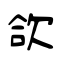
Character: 欱